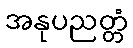
အနုပညတ္တံ